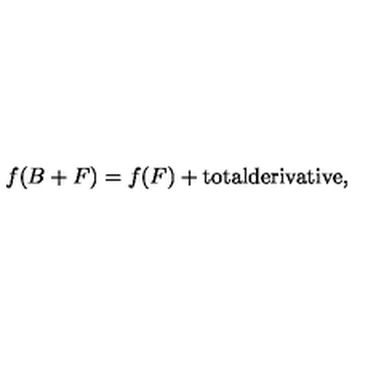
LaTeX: f ( B + F ) = f ( F ) + \mathrm { t o t a l d e r i v a t i v e } ,